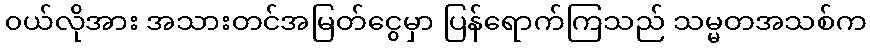
၀ယ်လိုအား အသားတင်အမြတ်ငွေမှာ ပြန်ရောက်ကြသည် သမ္မတအသစ်က